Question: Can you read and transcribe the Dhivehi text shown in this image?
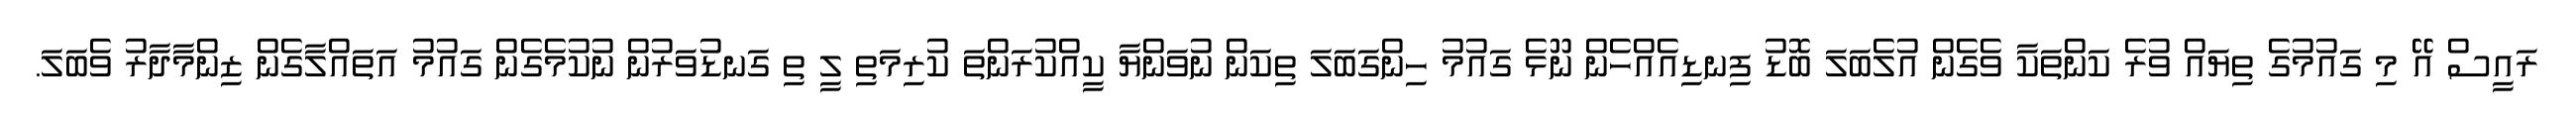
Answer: ރައީސް އޭ މި ގައުމުގެ ތިޔައް ވުރެ ކަންތަކާ ވެގެން އުލެބަލަ ބޮޑު ފިނޑިއެއްހެން ނޫޅެ ގައުމު ހިންގަބަލަ ތިކަން ނުވަންޔާ ކީއްކުރަންތަ ކުރިމަތި ލީ ތި ގަނޑުވަރުން ނުކުމެގެން ގައުމު އަތައްލާގެން ޒިންމާދާރު ވެބަލަ.